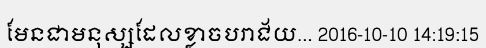
មែនជាមនុស្សដែលខ្លាចបរាជ័យ... 2016-10-10 14:19:15